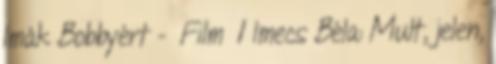
Imák Bobbyért - Film 1 Imecs Béla: Mult, jelen,